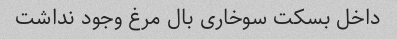
داخل بسکت سوخاری بال مرغ وجود نداشت